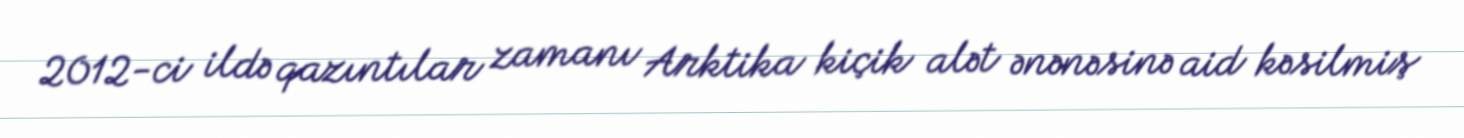
2012-ci ildə qazıntılar zamanı Arktika kiçik alət ənənəsinə aid kəsilmiş